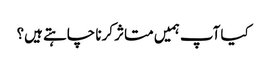
کیا آپ ہمیں متاثر کرنا چاہتے ہیں؟